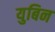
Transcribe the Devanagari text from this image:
युबिन